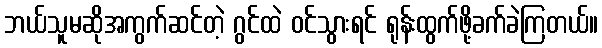
ဘယ်သူမဆိုအကွက်ဆင်တဲ့ ဂွင်ထဲ ဝင်သွားရင် ရုန်းထွက်ဖို့ခက်ခဲကြတယ်။